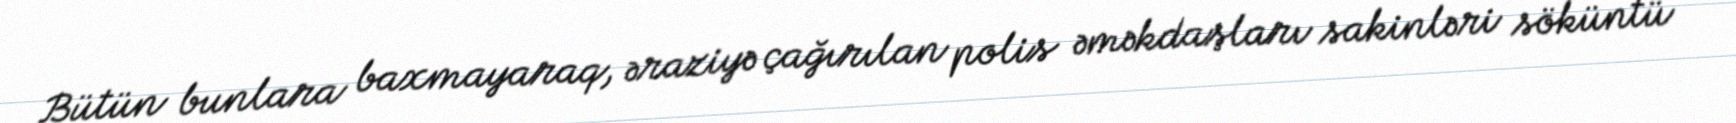
Bütün bunlara baxmayaraq, əraziyə çağırılan polis əməkdaşları sakinləri söküntü